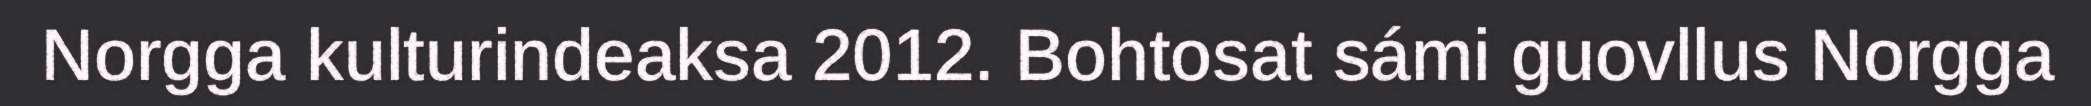
Norgga kulturindeaksa 2012. Bohtosat sámi guovllus Norgga